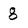
Character: 8